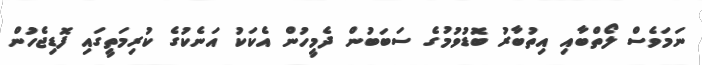
ނަމަވެސް ލޯތްބާއި އިތުބާރު ބޮޑުވުމުގެ ސަބަބުން ދެމީހުން އެކަކު އަނެކުގެ ކުރިމަތީގައި ފޮޑިޖެހުން